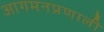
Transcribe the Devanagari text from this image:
आगमनप्रणाली